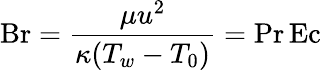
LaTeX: \mathrm{Br}={\frac{\mu u^{2}}{\kappa(T_{w}-T_{0})}}=\mathrm{Pr}\, \mathrm{Ec}